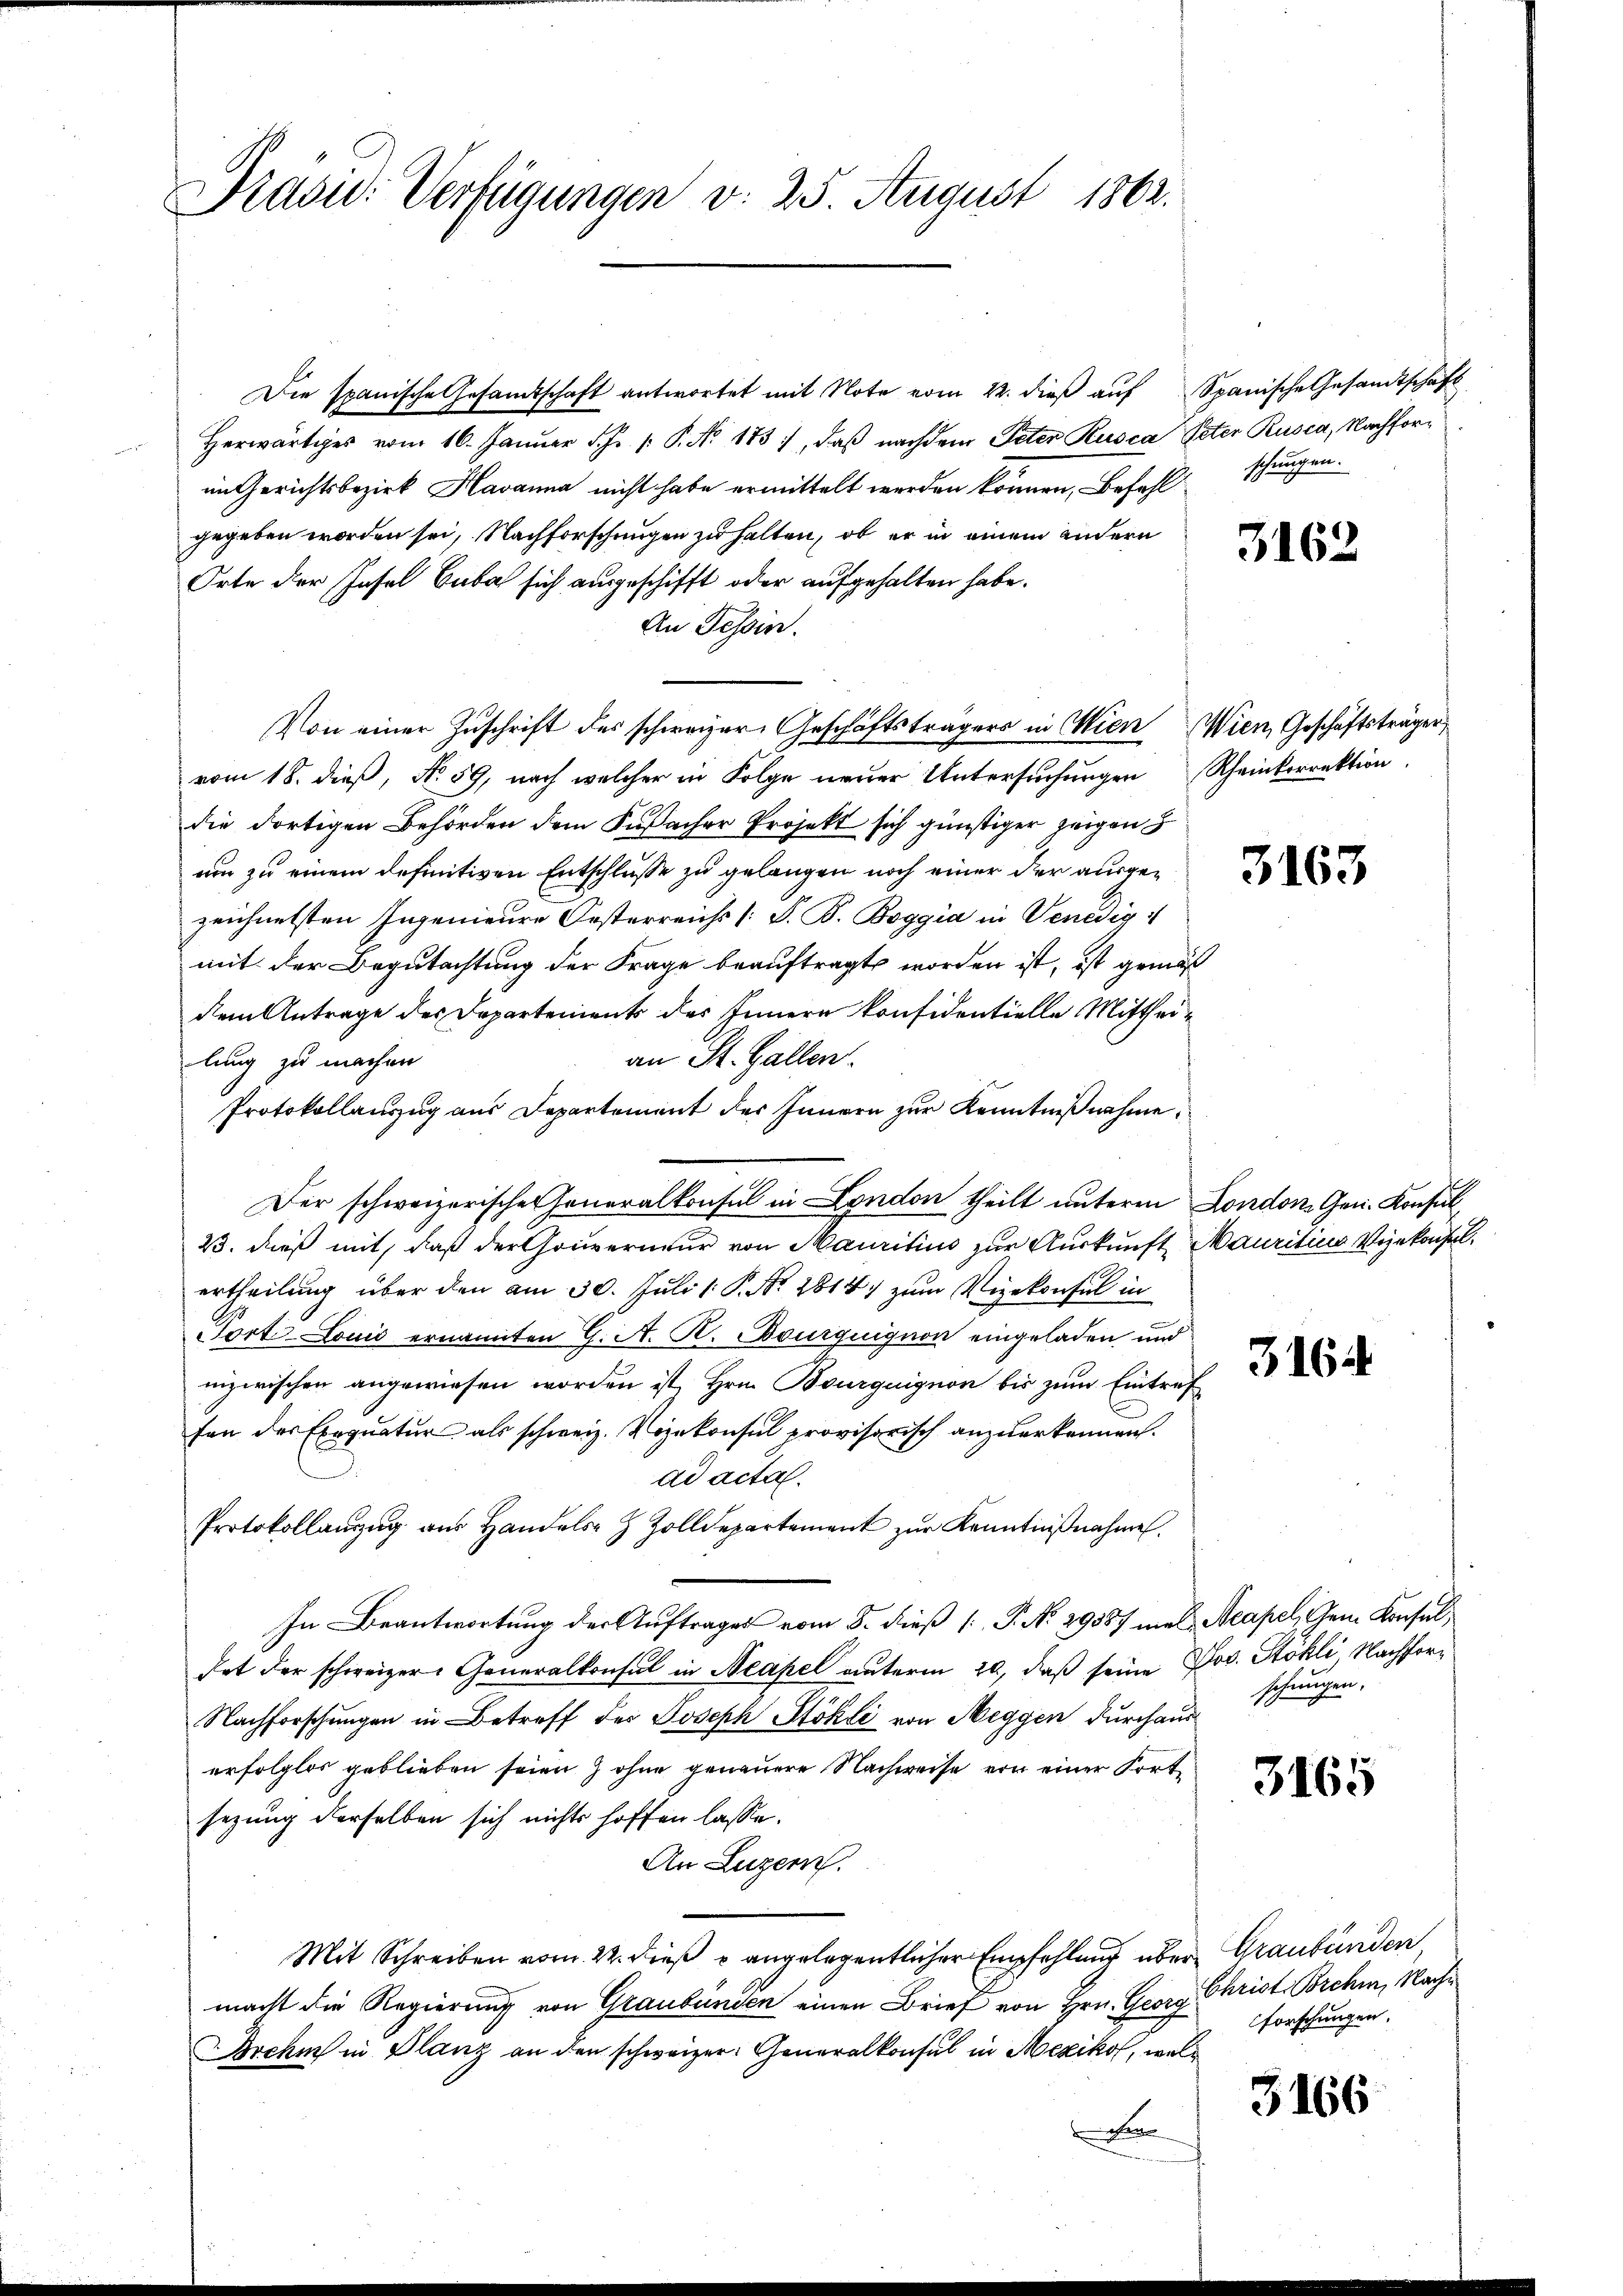
Präsid. Verfügungen d. 25. August 1862.

Die spanische Gesandtschaft antwortet mit Note vom 22. dieβ aŭf Spanische Gesandtschaft
Herwärtiges vom 16. Januar d. J. P. P. No. 1831, daß nachdem Peter Rusca Peter Rusca, Nachforim Gerichtsbezirk Havanna nicht habe ermittelt werden können, Befehl
gegeben worden sei, Nachforschungen zu halten, ob er in einem andern
Orte der Insel Cuba sich ausgeschifft oder aufgehalten habe.
An Tessin.
Von einer Zuschrift des schweizer Geschäftsträgers in Wien
vom 18. dieß, No. 59, nach welcher in Folge neuer Untersuchungen
die dortigen Behörden dem Kusacher Projekt sich günstiger zeigen
um zu einem definitiven Entschlüsse zu gelangen noch einer der ausgezeichnetsten Ingenieure Oesterreichs /: P. B. Boggia in Venedig
mit der Begutachtung der Frage beauftragt worden ist, ist gemäß
dem Antrage des Departements des Innern konfidentielle Mittheian St. Gallen.
lung zu machen
Protokollauszug aus Departement des Innern zur Kenntnißnahme.
23. dieß mit, daß der Gouverneur von Mauritius zur Auskunft Mauritius Vizekonfel
ertheilung über den am 30. Juli 1: P. Nr. 2814) zum Vizekonsul in
Fort-Lović ernannten G. A. R. Bourquignon eingeladen und
inzwischen angewiesen worden ist, Hrn. Bourguignon bis zum Eintref
fen des Exequatur als schweiz. Vizekonsul provisorisch anzuerkennen.
ad acta.
Protokollanzŭg aŭs Handels- & Zolldepartement zŭr Kenntniβnahme.
In Beantwortung der Auftrages vom 5. dieß [ P. No. 29587 meldat der schweizer. Generalkonsul in Neapel unterm 20, daß seine Jos. Stöhli, Nachfor¬
Nachforschungen in Betreff des Joseph Stokli von Weggen durchaus
erfolglos geblieben seien & ohne genauere Nachweise von einer Fortsezung derselben sich nichts hoffen lasse.
An Luzern.
Mit Schreiben vom 22. dieß u angelegentlicher Empfehlung über Graubünden
macht die Regierung von Graubünden einen Brief von Hrn. Georg
Brche in Glanz an den schweizer: Generalkonsul in Mexikof, welen

Der schweizerische Generalkonsul in London theilt unterm

schungen.

3162

Wien, Geschäftsträger
Rheinkorrektion

3163

London. Gen. Konsul

16

Neapel, dem Konsul
schungen.

3165

Christ Brchen, Nach
forschungen.

3166